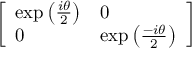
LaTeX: \left[ \begin{array} { l l } { \exp \left( { \frac { i \theta } { 2 } } \right) } & { 0 } \\ { 0 } & { \exp \left( { \frac { - i \theta } { 2 } } \right) } \end{array} \right]